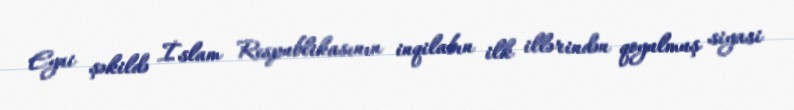
Eyni şəkildə İslam Respublikasının inqilabın ilk illərindən qoyulmuş siyasi